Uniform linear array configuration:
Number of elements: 32
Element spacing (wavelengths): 0.25
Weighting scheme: kaiser
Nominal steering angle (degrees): -15
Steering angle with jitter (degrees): -13.651
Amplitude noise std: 0.05
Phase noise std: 0.05

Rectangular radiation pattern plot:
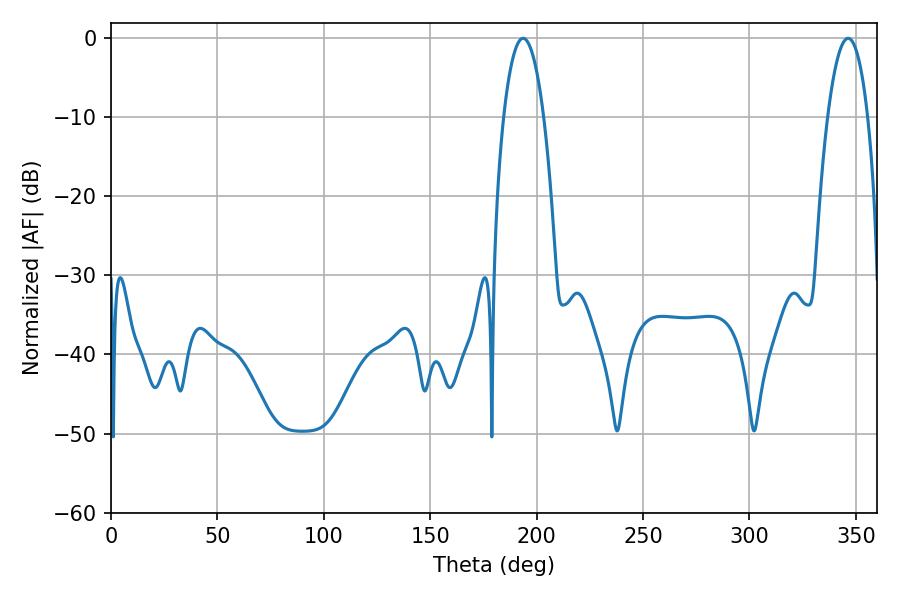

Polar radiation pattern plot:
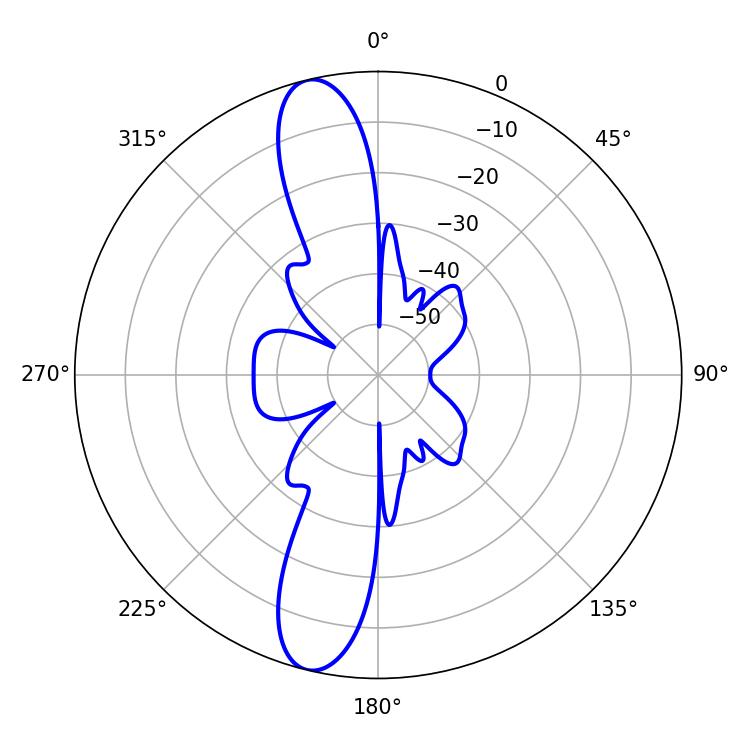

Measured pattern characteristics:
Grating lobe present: FALSE
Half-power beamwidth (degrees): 10.44
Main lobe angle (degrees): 346.32